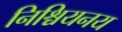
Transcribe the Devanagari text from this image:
निश्चियनय